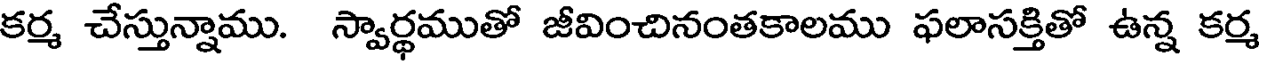
కర్మ చేస్తున్నాము. స్వార్థముతో జీవించినంతకాలము ఫలాసక్తితో ఉన్న కర్మ